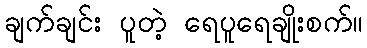
ချက်ချင်း ပူတဲ့ ရေပူရေချိုးစက်။